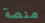
منصة